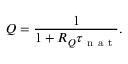
Q = \frac { 1 } { 1 + R _ { Q } \tau _ { \mathrm { ~ n ~ a ~ t ~ } } } .